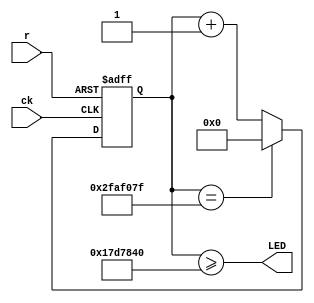
module blink(r,ck,LED);

input wire r,ck;
output wire LED;

reg [25:0] cnt;

assign LED = cnt>=26'd25_000_000; //Comparator

always @ (posedge ck, negedge r) //Counter
begin
	if(r==1'b0)
		cnt <= 26'd0;
	else
	if(cnt == 26'd49_999_999)
		cnt <= 26'd0;
	else
		cnt <= cnt+26'd1;
end
endmodule